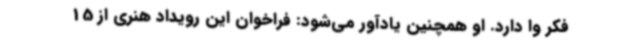
فکر وا دارد. او همچنین یادآور می‌شود: فراخوان این رویداد هنری از 15